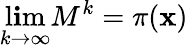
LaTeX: \operatorname*{l\mathbf{i}m}_{k\rightarrow\infty}M^{k}=\pi(\mathbf{{x}})